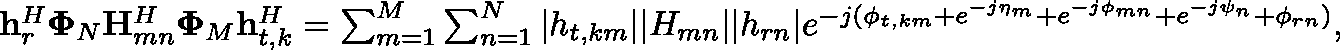
\begin{array} { r } { \mathbf { h } _ { r } ^ { H } \mathbf { \Phi } _ { N } \mathbf { H } _ { m n } ^ { H } \mathbf { \Phi } _ { M } \mathbf { h } _ { t , k } ^ { H } = \sum _ { m = 1 } ^ { M } \sum _ { n = 1 } ^ { N } | { h } _ { t , k m } | | { H } _ { m n } | | { h } _ { r n } | e ^ { - j ( \phi _ { t , k m } + e ^ { - j \eta _ { m } } + e ^ { - j \phi _ { m n } } + e ^ { - j \psi _ { n } } + \phi _ { r n } ) } , } \end{array}